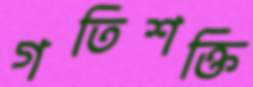
গতিশক্তি